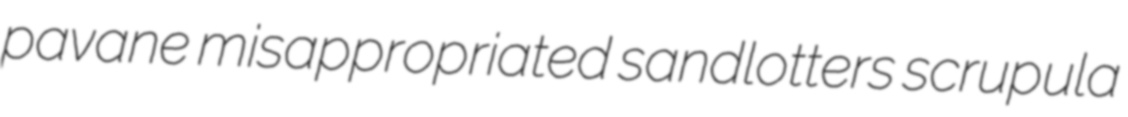
pavane misappropriated sandlotters scrupula